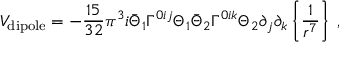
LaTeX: V _ { \mathrm { d i p o l e } } = - { \frac { 1 5 } { 3 2 } } \pi ^ { 3 } i \bar { \Theta } _ { 1 } \Gamma ^ { 0 i j } \Theta _ { 1 } \bar { \Theta } _ { 2 } \Gamma ^ { 0 i k } \Theta _ { 2 } \partial _ { j } \partial _ { k } \left\{ { \frac { 1 } { r ^ { 7 } } } \right\} \; ,